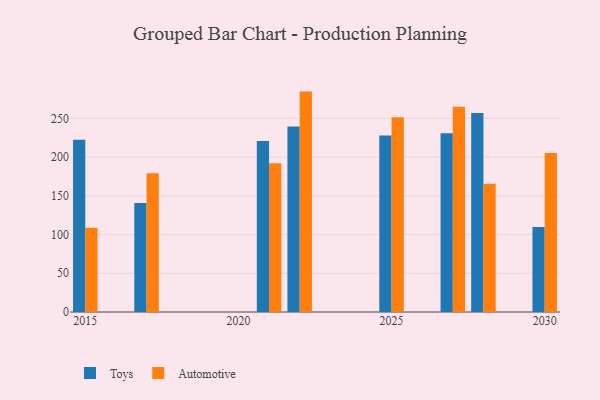
{"axis": {"x": "Year", "y": "Humidity (%)"}, "legend": ["Automotive", "Toys"], "data": [{"x": "2025", "y": 227.8, "type": "Toys"}, {"x": "2025", "y": 251.3, "type": "Automotive"}, {"x": "2027", "y": 230.8, "type": "Toys"}, {"x": "2027", "y": 265.0, "type": "Automotive"}, {"x": "2021", "y": 220.6, "type": "Toys"}, {"x": "2021", "y": 192.0, "type": "Automotive"}, {"x": "2017", "y": 140.8, "type": "Toys"}, {"x": "2017", "y": 179.2, "type": "Automotive"}, {"x": "2028", "y": 256.8, "type": "Toys"}, {"x": "2028", "y": 165.6, "type": "Automotive"}, {"x": "2022", "y": 239.6, "type": "Toys"}, {"x": "2022", "y": 284.5, "type": "Automotive"}, {"x": "2015", "y": 222.4, "type": "Toys"}, {"x": "2015", "y": 108.9, "type": "Automotive"}, {"x": "2030", "y": 109.8, "type": "Toys"}, {"x": "2030", "y": 205.1, "type": "Automotive"}]}